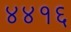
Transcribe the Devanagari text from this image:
४४१६